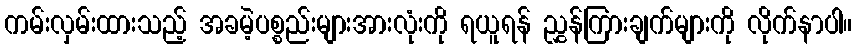
ကမ်းလှမ်းထားသည့် အခမဲ့ပစ္စည်းများအားလုံးကို ရယူရန် ညွှန်ကြားချက်များကို လိုက်နာပါ။